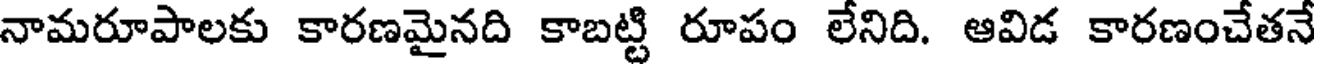
నామరూపాలకు కారణమైనది కాబట్టి రూపం లేనిది. ఆవిడ కారణంచేతనే